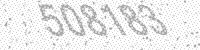
Solution: 508183